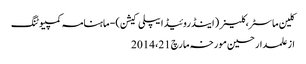
کلین ماسٹر،کلینر (اینڈروئیڈ ایپلی کیشن) - ماہنامہ کمپیوٹنگ
از علمدار حسین	 مورخہ مارچ 21، 2014